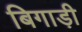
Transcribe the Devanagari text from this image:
बिगाड़ी